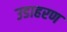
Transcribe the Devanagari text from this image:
उडाहरण